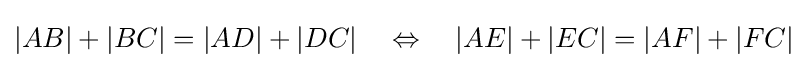
|AB|+|BC|=|AD|+|DC|\quad \Leftrightarrow \quad |AE|+|EC|=|AF|+|FC|